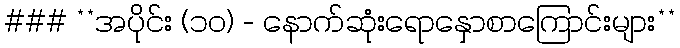
### **အပိုင်း (၁၀) - နောက်ဆုံးရောနှောစာကြောင်းများ**